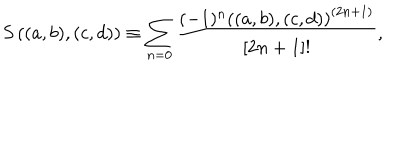
LaTeX: S \left( ( a , b ) , ( c , d ) \right) \equiv \sum _ { n = 0 } \frac { ( - 1 ) ^ { n } \left( ( a , b ) , ( c , d ) \right) ^ { ( 2 n + 1 ) } } { [ 2 n + 1 ] ! } ,